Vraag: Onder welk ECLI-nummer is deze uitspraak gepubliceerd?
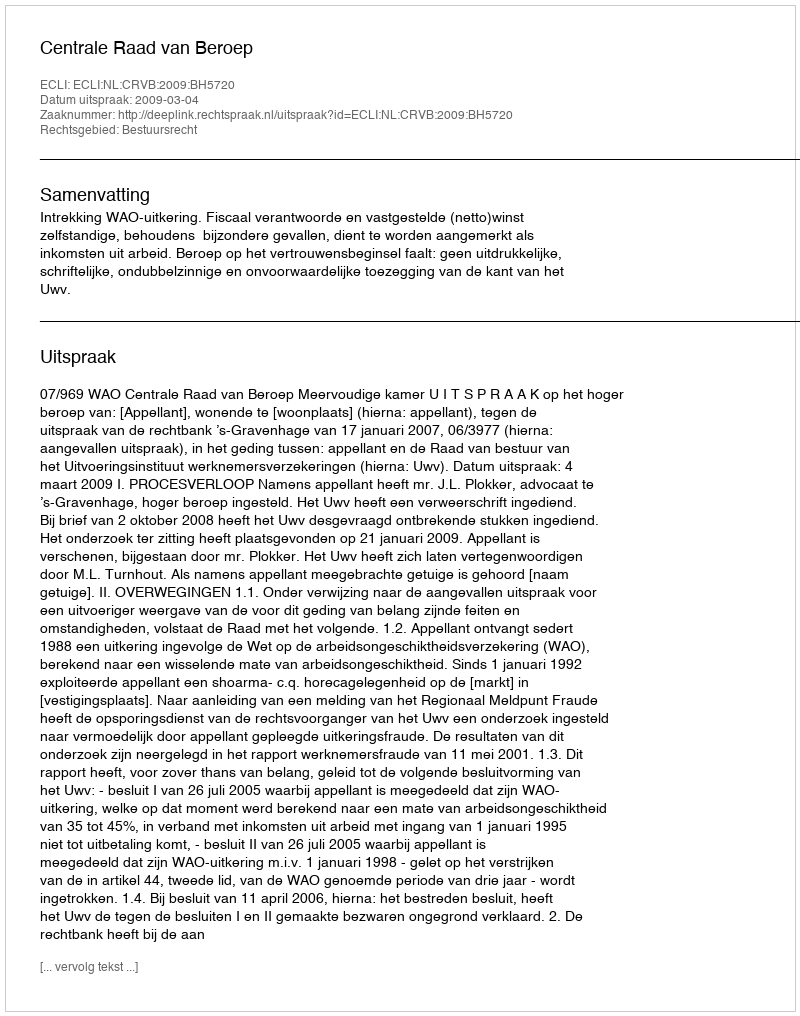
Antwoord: ECLI:NL:CRVB:2009:BH5720